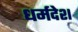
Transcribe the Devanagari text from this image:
धर्मदेश